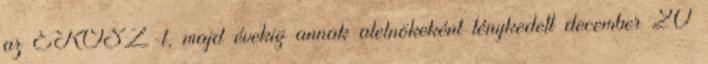
az EKOSZ-t, majd évekig annak alelnökeként ténykedett december 20